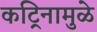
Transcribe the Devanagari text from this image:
कट्रिनामुळे